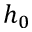
h _ { 0 }